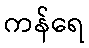
ကန်ရေ